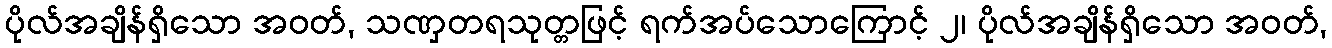
ပိုလ်အချိန်ရှိသော အဝတ်, သဏှတရသုတ္တဖြင့် ရက်အပ်သောကြောင့် ၂၊ ပိုလ်အချိန်ရှိသော အဝတ်,